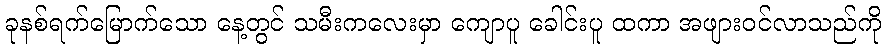
ခုနစ်ရက်မြောက်သော နေ့တွင် သမီးကလေးမှာ ကျောပူ ခေါင်းပူ ထကာ အဖျားဝင်လာသည်ကို